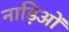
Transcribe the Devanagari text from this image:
नाड़िओं